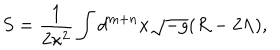
S = \frac { 1 } { 2 \kappa ^ { 2 } } \int d ^ { m + n } x \sqrt { - g } ( R - 2 \Lambda ) ,